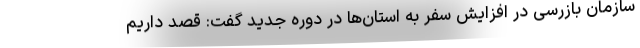
سازمان بازرسی در افزایش سفر به استان‌ها در دوره جدید گفت: قصد داریم